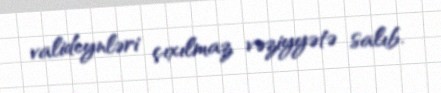
valideynləri çıxılmaz vəziyyətə salıb.